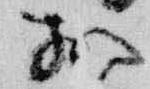
於